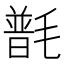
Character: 𣯽